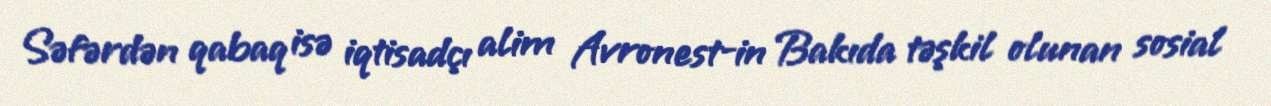
Səfərdən qabaq isə iqtisadçı alim Avronest-in Bakıda təşkil olunan sosial